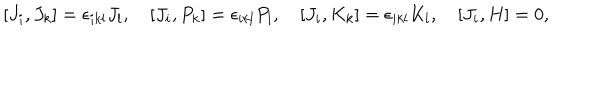
[ J _ { i } , J _ { k } ] = \epsilon _ { i k l } J _ { l } , \quad [ J _ { i } , P _ { k } ] = \epsilon _ { i k l } P _ { l } , \quad [ J _ { i } , K _ { k } ] = \epsilon _ { i k l } K _ { l } , \quad [ J _ { i } , H ] = 0 ,